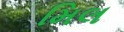
મિલ